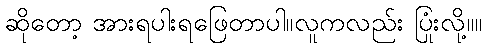
ဆိုတော့ အားရပါးရဖြေတာပါ။လူကလည်း ပြုံးလို့။။